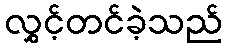
လွှင့်တင်ခဲ့သည်